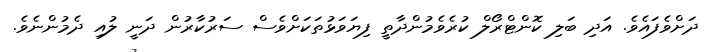
ދަށްވެފައެވެ. އަދި ބަލި ކޮންޓްރޯލް ކުރެވެމުންދާތީ ފިޔަވަޅުތަކަށްވެސް ސަރުކާރުން ދަނީ ލުއި ދެމުންނެވެ.